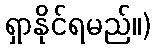
ရှာနိုင်ရမည်။)